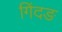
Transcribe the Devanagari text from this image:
गिंदङ